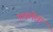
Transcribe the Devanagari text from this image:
पाडलेला